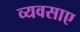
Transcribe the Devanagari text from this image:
व्यवसाए